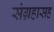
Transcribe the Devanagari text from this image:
संग्रहासह